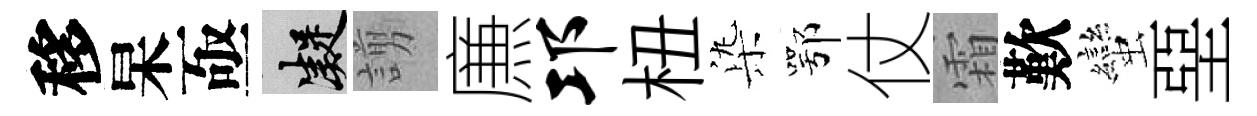
移杲亟凝謭㢘邛杻𣑱鄂仗霜歎蠻堊